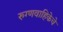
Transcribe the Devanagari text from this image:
रुग्णवाहिकेचे